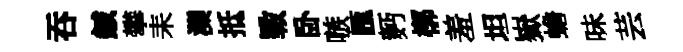
吞鍼攀耒灤抵斁卧嗾匯麪槨羞坦嶽蟾味芸